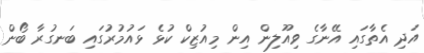
އަދި އެތާގައި އޭނާގެ ވިއޫލިން އިން މިއުޒިކް ކުޅެ ޅައުމުރުގައި ބަނގުރާ ބޯން